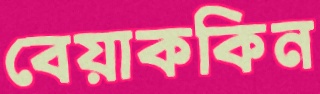
বেয়াককিন